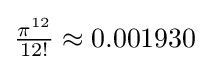
{\tfrac {\pi ^{12}}{12!}}\approx 0.001930